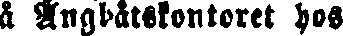
a Ångbåtskontoret hos